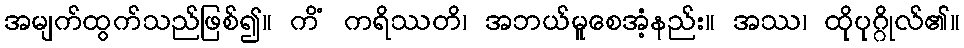
အမျက်ထွက်သည်ဖြစ်၍။ ကိံ ကရိဿတိ၊ အဘယ်မူစေအံ့နည်း။ အဿ၊ ထိုပုဂ္ဂိုလ်၏။